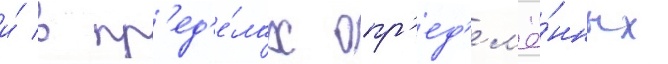
и́ в пр'ед'е́лах опр'ед'ел'ё́нных